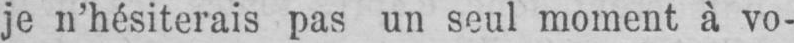
je n’hésiterais pas un seul moment à vo-